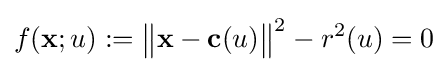
f({\mathbf {x} };u):={\big \|}{\mathbf {x} }-{\mathbf {c} }(u){\big \|}^{2}-r^{2}(u)=0